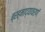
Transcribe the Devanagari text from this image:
ब्रह्माद्यावरणं